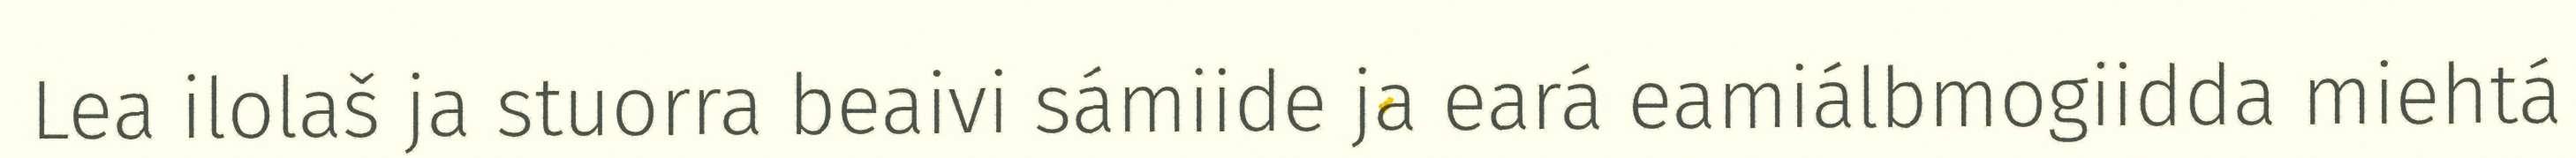
Lea ilolaš ja stuorra beaivi sámiide ja eará eamiálbmogiidda miehtá